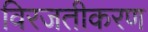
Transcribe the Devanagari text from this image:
विरजतीकरण